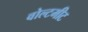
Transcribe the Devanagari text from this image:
वोल्टमीट